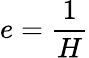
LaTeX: e={\frac{1}{H}}